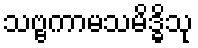
သဗ္ဗကာမသမိဒ္ဓိသု